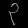
Digit: ၃